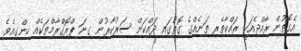
އެގޮތުން ރާއްޖެއަކީ ރައްކާތެރި ތަނެއްގެ ގޮތުގައި ދައްކަން ސަރުކާރުން ގިނަ ޕްރޮގްރާމްތަކެއް ހިންގިއެވެ.